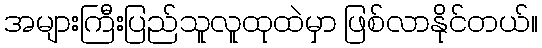
အများကြီးပြည်သူလူထုထဲမှာ ဖြစ်လာနိုင်တယ်။